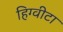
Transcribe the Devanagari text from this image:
हिग्वीटा